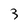
Character: 3